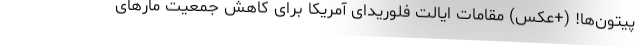
پیتون‌ها! (+عکس) مقامات ایالت فلوریدای آمریکا برای کاهش جمعیت مارهای